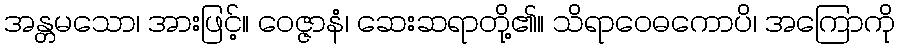
အန္တမသော၊ အားဖြင့်။ ဝေဇ္ဇာနံ၊ ဆေးဆရာတို့၏။ သိရာဝေဓကောပိ၊ အကြောကို